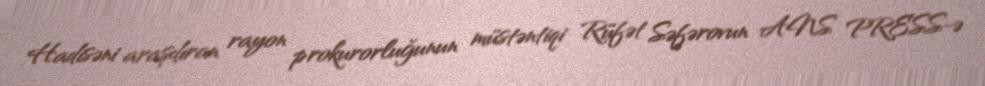
Hadisəni araşdıran rayon prokurorluğunun müstəntiqi Rüfət Səfərovun ANS PRESS-ə